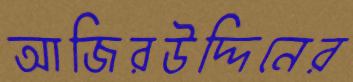
আজিরউদ্দিনের